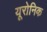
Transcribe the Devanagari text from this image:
यूरोनिक